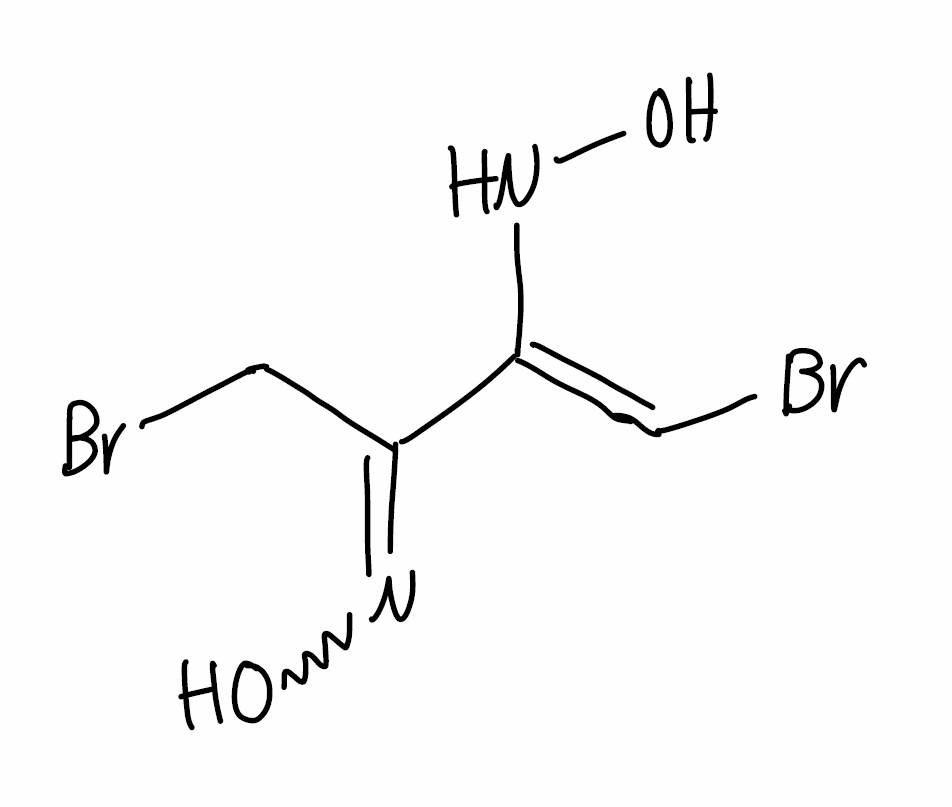
Simplified molecular-input line-entry system (SMILES) notation of the given molecule:
C(C(=NO)/C(=C/Br)/NO)Br